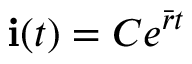
\mathbf { i } ( t ) = C e ^ { \bar { r } t }